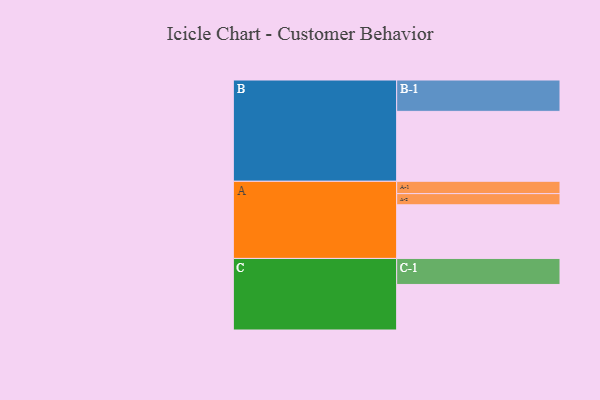
{"axis": {"x": "Segment", "y": "Value"}, "legend": ["", "A", "B", "C"], "data": [{"x": "A", "y": 431, "type": ""}, {"x": "B", "y": 562, "type": ""}, {"x": "C", "y": 366, "type": ""}, {"x": "A-1", "y": 99, "type": "A"}, {"x": "A-2", "y": 90, "type": "A"}, {"x": "B-1", "y": 252, "type": "B"}, {"x": "C-1", "y": 209, "type": "C"}]}